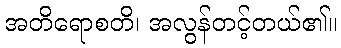
အတိရောစတိ၊ အလွန်တင့်တယ်၏။